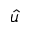
\hat { u }